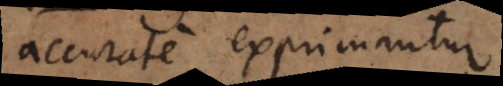
accurate exprimantur.